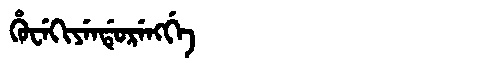
Manchu: ᡥᡠᠸᡝᡴᡳᠶᡝᠨᡩᡠᡵᡝᠩᡤᡝ
Romanization: HUWEKIYENDURENGGE